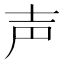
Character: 声